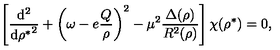
\left[ \frac { \mathrm { d } ^ { 2 } } { { \mathrm { d } { \rho } ^ { * } } ^ { 2 } } + \left( \omega - e \frac { Q } { \rho } \right) ^ { 2 } - \mu ^ { 2 } \frac { \Delta ( \rho ) } { R ^ { 2 } ( \rho ) } \right] \chi ( { \rho } ^ { * } ) = 0 ,